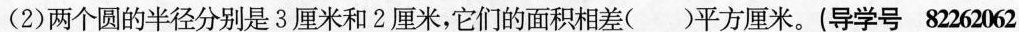
(2)两个圆的半径分别是3厘米和2厘米，它们的面积相差()平方厘米。(导学号82262062)